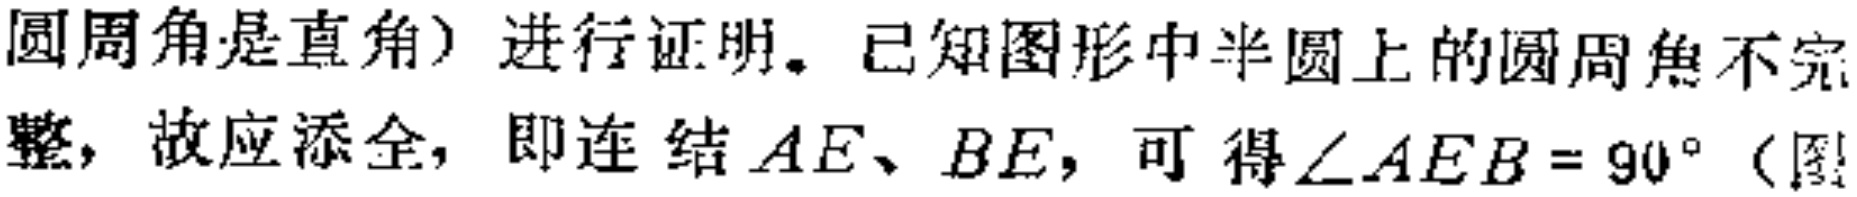
圆周角是直角）进行证明。已知图形中半圆上的圆周角不完整，故应添全，即连结 \(AE\)、\(BE\)，可得\(\angle AEB = 90^{\circ}\)（图